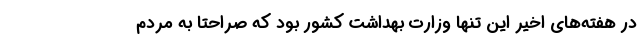
در هفته‌های اخیر این تنها وزارت بهداشت کشور بود که صراحتا به مردم